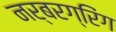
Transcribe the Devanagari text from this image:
नर्बरग्रिंग